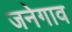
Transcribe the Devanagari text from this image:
जनेगाव